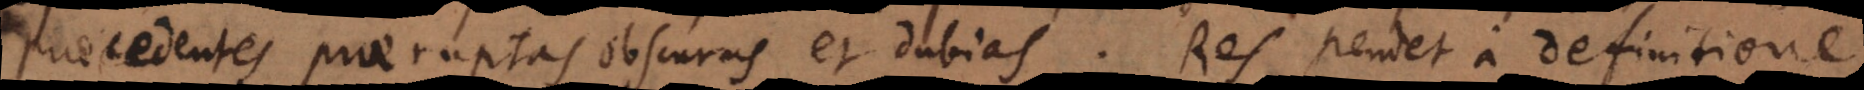
praecedentes praeruptas obscuras et dubias. Res pendet a definitione